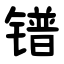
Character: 镨